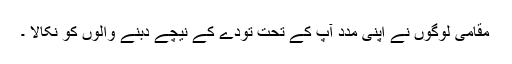
مقامی لوگوں نے اپنی مدد آپ کے تحت تودے کے نیچے دبنے والوں کو نکالا ۔